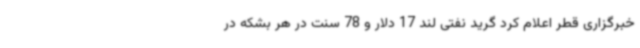
خبرگزاری قطر اعلام کرد گرید نفتی لند 17 دلار و 78 سنت در هر بشکه در